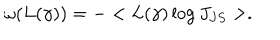
LaTeX: \omega ( L ( \gamma ) ) = - < L ( \gamma ) \log J _ { J S } > .